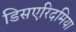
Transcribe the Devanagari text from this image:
डिसएरिदमिया